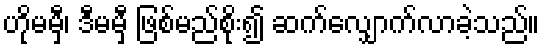
ဟိုမမှီ၊ ဒီမမှီ ဖြစ်မည်စိုး၍ ဆက်လျှောက်လာခဲ့သည်။